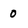
Character: O